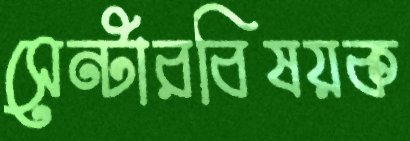
সেন্টারবিষয়ক